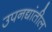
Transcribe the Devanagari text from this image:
उपनद्यांतील